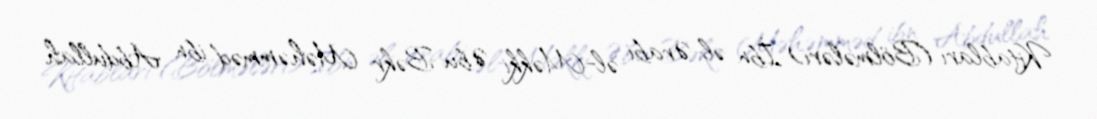
Kitabları (Bölmələri) İbn əl-Ərabi əl-Məkki Əbu Bəkr Məhəmməd ibn Abdullah